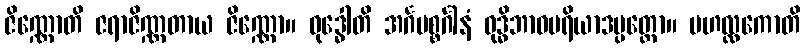
ဇိဏ္ဏောတိ ဇရာဇိဏ္ဏတာယ ဇိဏ္ဏော။ ဝုဒ္ဓေါတိ အင်္ဂပစ္စင်္ဂါနံ ဝုဒ္ဓိဘာဝမရိယာဒပ္ပတ္တော။ မဟလ္လကောတိ